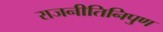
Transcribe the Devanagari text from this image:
राजनीतिनिपुण